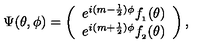
\Psi ( \theta , \phi ) = \left( \begin{array} { c } { e ^ { i ( m - \frac { 1 } { 2 } ) \phi } f _ { _ { 1 } } ( \theta ) } \\ { e ^ { i ( m + \frac { 1 } { 2 } ) \phi } f _ { _ { 2 } } ( \theta ) } \\ \end{array} \right) ,